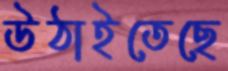
উঠাইতেছে